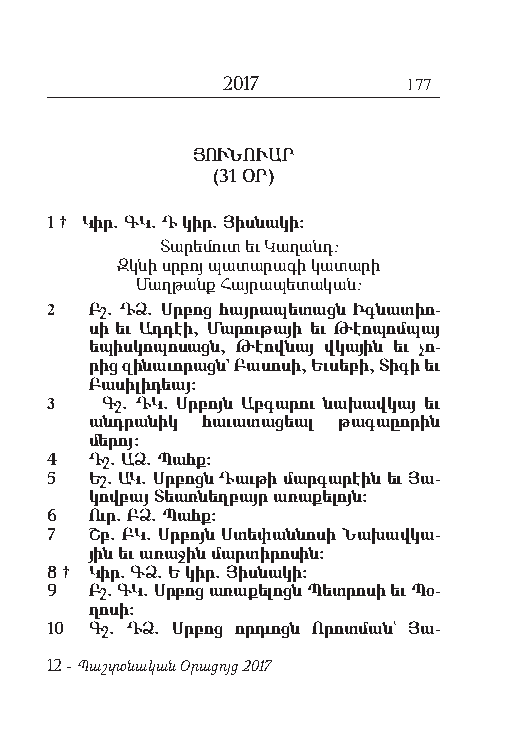
2017        177
 ՅՈՒՆՈՒԱՐ
 (31 ՕՐ)
 1 † Կիր. ԳԿ. Դ կիր. Յիս նակ ի:
 Տա րե մուտ եւ Կա ղանդ:
 Զկ նի սրբոյ պա տա րա գի կա տա րի
 Մաղ թանք Հայ րա պե տա կան:
 2  Բշ. ԴՁ. Սր բոց հայ րա պե տացն Իգ նա տիո-
 սի եւ Ադ դէի, Մա րու թա յի եւ Թէո պոմ պայ
 ե պիս կո պո սացն, Թէով նայ վկա յին եւ չո-
 րից զի նա ւո րացն` Բա սո սի, Եւ սե բի, Տի գի եւ
 Բա սի լի դեայ:
 3   Գշ. ԴԿ. Սրբոյն Աբգարու նախավկայ եւ
 անդրանիկ հաւատացեալ թագաըորին
 մերոյ:
 4  Դշ. ԱՁ. Պահք:
 5  Եշ. ԱԿ. Սր բոցն Դաւթ ի մարգ ա րէին եւ Յա-
 կով բայ Տեառ նեղ բայր ա ռա քե լոյն:
 6  Ուր. ԲՁ. Պահք:
 7  Շբ. ԲԿ. Սր բոյն Ս տե փան նո սի Նա խա վկա-
 յին եւ ա ռա ջին մար տի րո սին:
 8 † Կիր. ԳՁ. Ե կիր. Յիս նա կի:
 9  Բշ. ԳԿ. Սր բոց ա ռա քե լոցն Պետ րո սի եւ Պօ-
 ղո սի:
 10 Գշ. ԴՁ. Սր բոց որդ ւոցն Ո րոտ ման` Յա-
 12 - Պաշտօնական Օրացոյց 2017